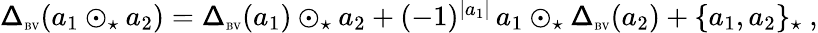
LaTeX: \begin{array}{r}{{\mathsf\Delta}_{\textrm{\tiny BV}}(a_{1}\odot_{\star}a_{2})={\mathsf\Delta}_{\textrm{\tiny BV}}(a_{1})\odot_{\star}a_{2}+(-1)^{\vert a_{1}\vert}\, a_{1}\odot_{\star}{\mathsf\Delta}_{\textrm{\tiny BV}}(a_{2})+\{ a_{1},a_{2}\} _{\star}\ ,}\end{array}